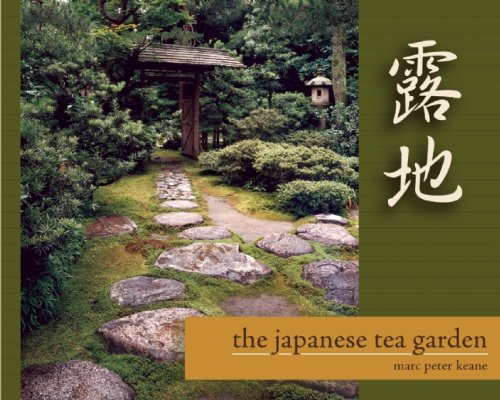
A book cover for The Japanese Tea Garden; Marc Peter Keane; Crafts, Hobbies & Home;